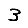
Digit: 3